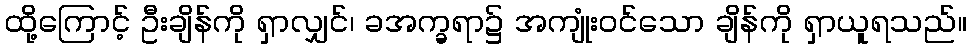
ထို့ကြောင့် ဦးချိန်ကို ရှာလျှင်၊ ခအက္ခရာ၌ အကျုံးဝင်သော ချိန်ကို ရှာယူရသည်။